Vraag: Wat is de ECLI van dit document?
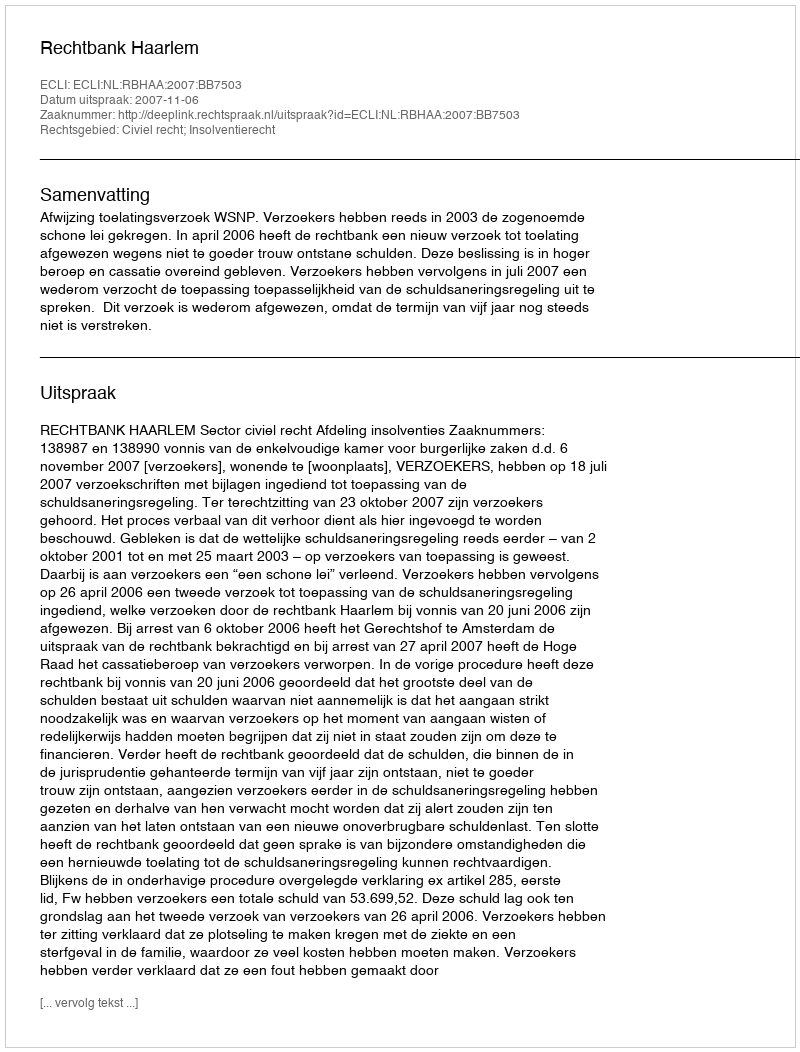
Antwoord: ECLI:NL:RBHAA:2007:BB7503